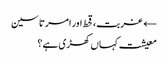
← غربت، قحط اور امرتا سین
معیشت کہاں کھڑی ہے؟